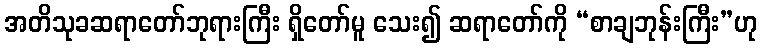
အတိသုခဆရာတော်ဘုရားကြီး ရှိတော်မူ သေး၍ ဆရာတော်ကို “စာချဘုန်းကြီး”ဟု